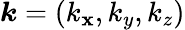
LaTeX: \boldsymbol{k}=(k_{\mathbf{x}},k_{y},k_{z})